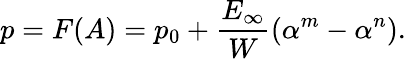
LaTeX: p=F(A)=p_{0}+\frac{E_{\infty}}{W}\left(\alpha^{m}-\alpha^{n}\right).